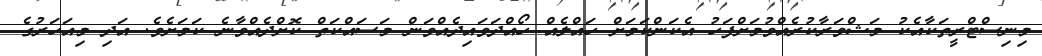
މިނިސްޓްރީތަކާއެކު މަޝްވަރާކުރެއްވުމަށްފަހު އެކަންކަމަށް ހައްލެއް ހޯއްދަވައިދެއްވަން މަސައްކަތް ކޮށްދެއްވާނެ ކަމަށެވެ. އަދި މިއަހަރުގެ